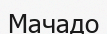
Мачадо